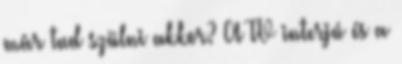
már tud szülni akkor? A TV interjú és a